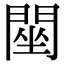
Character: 䦟